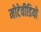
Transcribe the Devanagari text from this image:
मोटेवीडियो